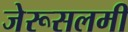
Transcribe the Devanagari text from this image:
जेरूसलमी